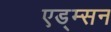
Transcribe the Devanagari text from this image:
एड्म्सन